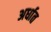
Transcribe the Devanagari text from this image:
अर्धात